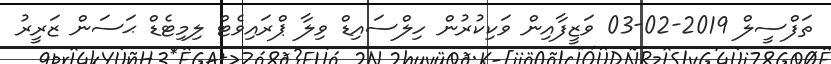
ތަފްސީލް 2019-02-03 ވަޒީފާއިން ވަކިކުރުން ހިލްސައިޑް ވިލާ ޕްރައިވެޓް ލިމިޓެޑް ޙަސަން ޒަރީރު